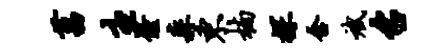
菖主僮森东楠探含斌召